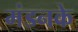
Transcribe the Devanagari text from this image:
मंडनके